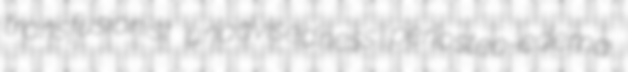
transfusionist unadvisedness periosteo-edema